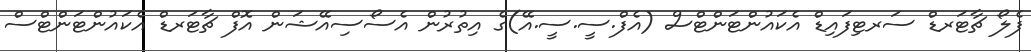
ފެލޯ ޗާޓަރޑް ސަރޓިފައިޑް އެކައުންޓަންޓްސް (އެފް.ސީ.ސީ.އޭ)ގެ އިތުރުން އެސޯސިއޭޝަން އޮފް ޗާޓަރޑް އެކައުންޓަންޓްސް